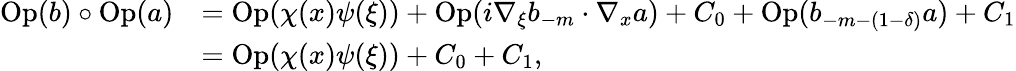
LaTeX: \begin{array}{rl}{\operatorname{Op}(b)\circ\operatorname{Op}(a)}&{=\operatorname{Op}(\chi(x)\psi(\xi))+\operatorname{Op}(i\nabla_{\xi}b_{-m}\cdot\nabla_{x}a)+C_{0}+\operatorname{Op}(b_{-m-(1-\delta)}a)+C_{1}}\\ &{=\operatorname{Op}(\chi(x)\psi(\xi))+C_{0}+C_{1},}\end{array}